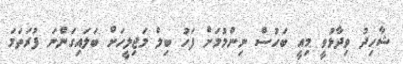
ޝާހިދު ވިދާޅުވީ މިއީ ބަހުސް ނިންމުމަށް ފަހު ބިލް މަޖިލީހަށް ބަލައިގަންނަ ފުރަތަމަ